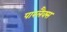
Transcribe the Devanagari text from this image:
पारलैक्स